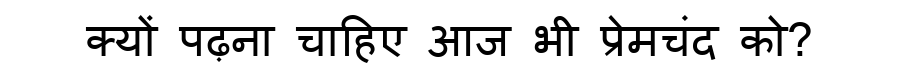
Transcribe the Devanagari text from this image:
क्यों पढ़ना चाहिए आज भी प्रेमचंद को?